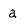
Character: a